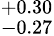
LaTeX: ^{+0.30}_{-0.27}